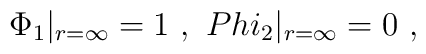
\Phi_1|_{r=\infty}= 1 \ , \ \ \\Phi_2|_{r=\infty}=0 \ ,